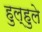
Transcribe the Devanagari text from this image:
हुल्हुले